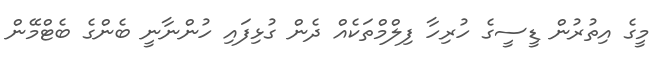
މީގެ އިތުރުން ޑީސީގެ ހުރިހާ ފިލްމްތަކެއް ދެން ގުޅިފައި ހުންނާނީ ބެންގެ ބެޓްމޭން